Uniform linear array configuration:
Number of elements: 4
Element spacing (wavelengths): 1
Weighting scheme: uniform
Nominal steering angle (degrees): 0
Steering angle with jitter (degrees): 0.6411
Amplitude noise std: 0.05
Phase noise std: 0.05

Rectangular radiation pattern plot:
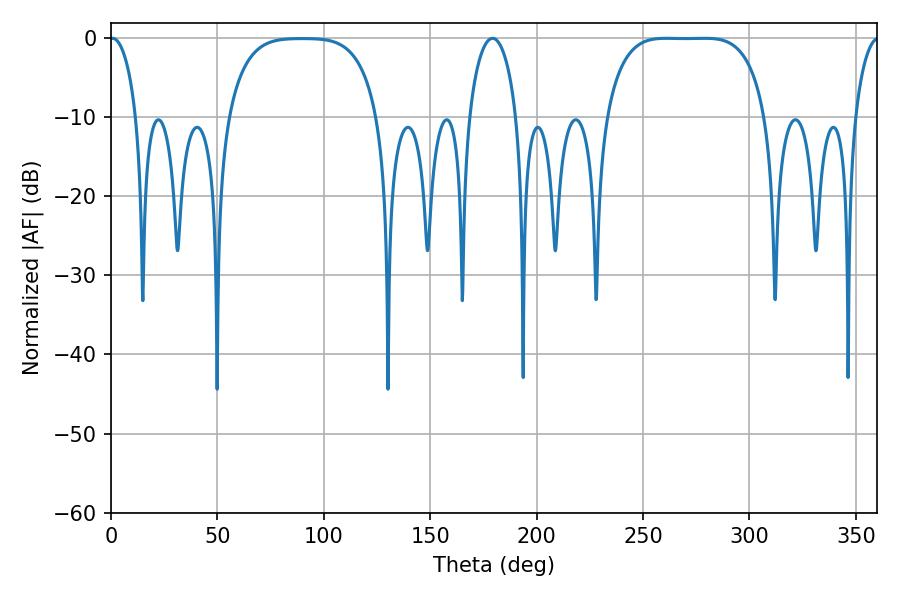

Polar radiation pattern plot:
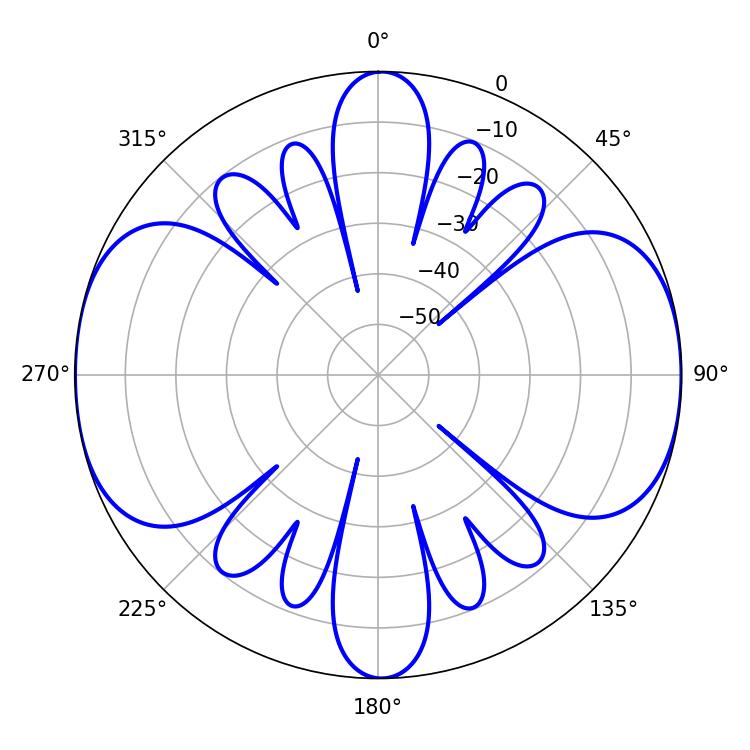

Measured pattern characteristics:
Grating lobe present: TRUE
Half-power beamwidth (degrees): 57.6
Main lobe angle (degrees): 261